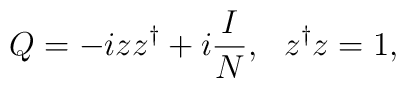
Q=-iz z^\dagger+i\frac{I}{N},~~ z^\dagger z=1,